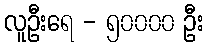
လူဦးရေ - ၅၀၀၀၀ ဦး